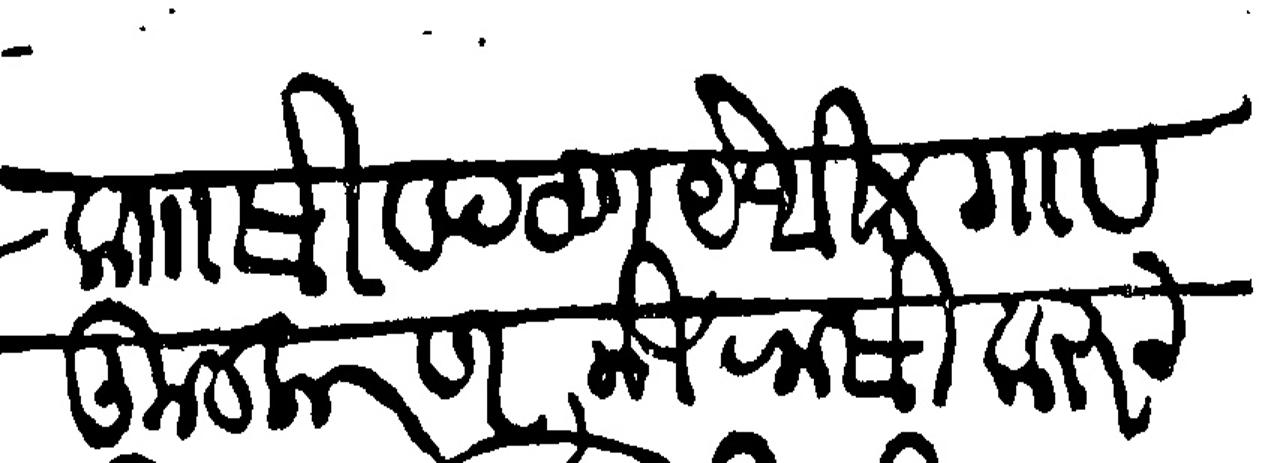
Transliteration (Devanagari): काा सिवपठण येथील गांव कुलकरण मिरासी करुन